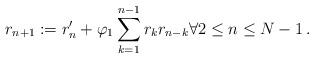
LaTeX: \begin{align*}r_{n+1} := r_n'+\varphi_1 \sum_{k=1}^{n-1}r_kr_{n-k}\forall 2\leq n\leq N-1\,.\end{align*}